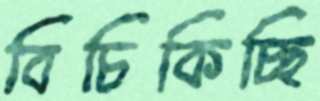
বিচিকিচ্ছি